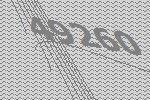
49260